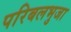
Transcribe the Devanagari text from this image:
परिबलभुजा